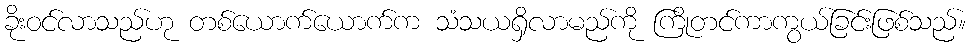
ခိုးဝင်လာသည်ဟု တစ်ယောက်ယောက်က သံသယရှိလာမည်ကို ကြိုတင်ကာကွယ်ခြင်းဖြစ်သည်။